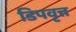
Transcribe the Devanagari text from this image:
डिपवृत्त